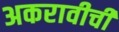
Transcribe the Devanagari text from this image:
अकरावीची